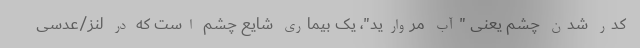
کدر شدن چشم یعنی "آب مروارید"، یک بیماری شایع چشم است که در لنز/عدسی